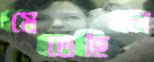
মেতেছিলে